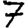
Digit: 7